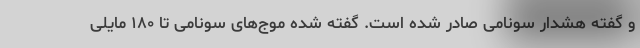
و گفته هشدار سونامی صادر شده است. گفته شده موج‌های سونامی تا ۱۸۰ مایلی